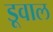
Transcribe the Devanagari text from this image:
डूवाल